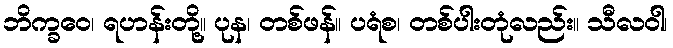
ဘိက္ခဝေ၊ ရဟန်းတို့။ ပုန၊ တစ်ဖန်။ ပရံစ၊ တစ်ပါးတုံလည်း။ သီလဝါ၊